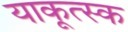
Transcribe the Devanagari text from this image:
याकूत्स्क